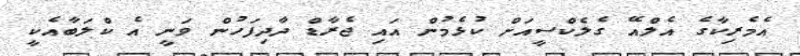
އެމެރިކާގެ އެލްއޭ ގެލެކްސީއަށް ކުޅެމުން އައި ޖެރާޑް ދާދިފަހުން ވަނީ އެ ކްލަބާއެކީ